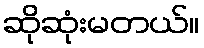
ဆိုဆုံးမတယ်။